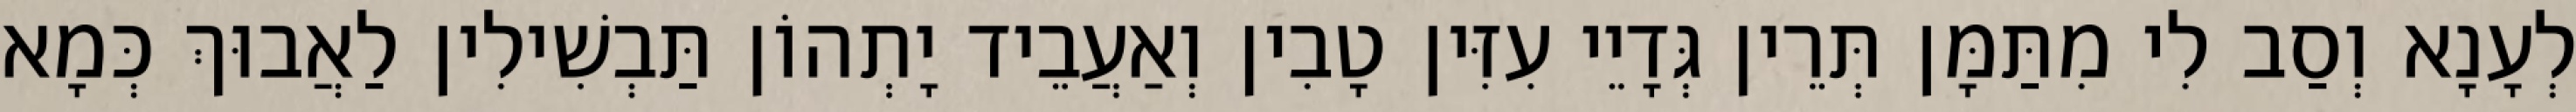
לְעָנָא וְסַב לִי מִתַּמָּן תְּרֵין גְּדָיֵי עִזִּין טָבִין וְאַעֲבֵיד יָתְהוֹן תַּבְשִׁילִין לַאֲבוּךְ כְּמָא